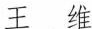
王维